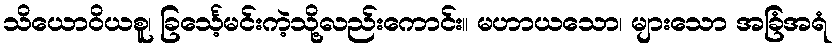
သိယောဝိယစူ၊ ခြင်္သေ့မင်းကဲ့သို့လည်းကောင်း။ မဟာယသော၊ များသော အခြံအရံ